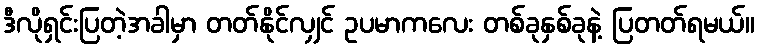
ဒီလိုရှင်းပြတဲ့အခါမှာ တတ်နိုင်လျှင် ဥပမာကလေး တစ်ခုနှစ်ခုနဲ့ ပြတတ်ရမယ်။